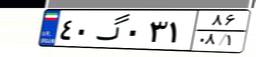
۴۰گ۰۳۱۸۶